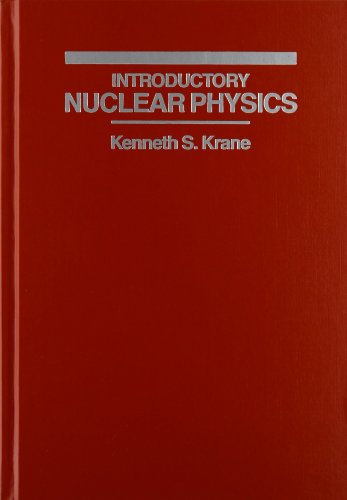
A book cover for Introductory Nuclear Physics; Kenneth S. Krane; Science & Math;